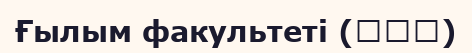
Ғылым факультеті (理学部)